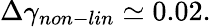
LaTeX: \Delta\gamma_{non-lin}\simeq 0.02.